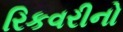
રિકવરીનો